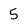
Character: 5